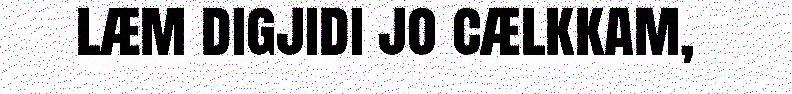
læm digjidi jo cælkkam,